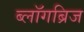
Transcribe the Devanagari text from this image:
ब्लॉगब्रिज